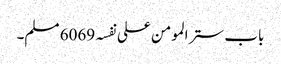
باب ستر المومن علی نفسہ 6069 مسلم۔